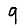
Digit: 9